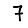
Digit: 7